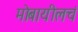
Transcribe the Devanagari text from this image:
मोबायीलचं